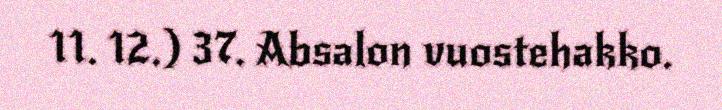
11. 12.) 37. Absalon vuostehakko.